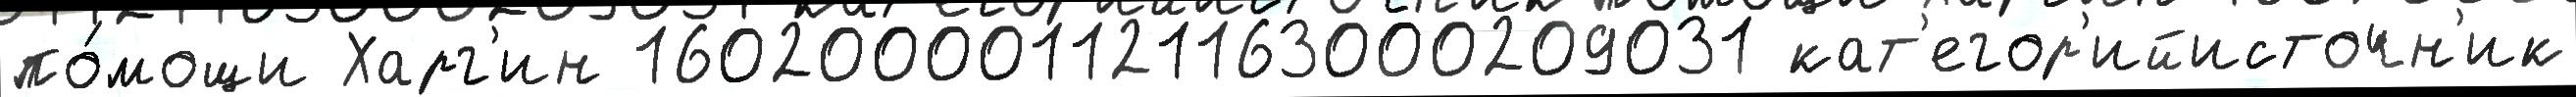
по́мощи Харг'ин 160200001121163000209031 кат'егор'ийисточн'ик